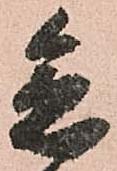
急